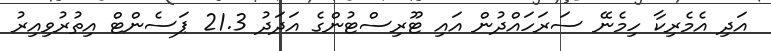
އަދި އެމެރިކާ ހިމެނޭ ސަރަހައްދުން އައި ޓޫރިސްޓުންގެ އަދަދު 21.3 ޕަސެންޓް އިތުރުވިއިރު